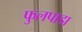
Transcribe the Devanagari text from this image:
फुलपाडा